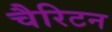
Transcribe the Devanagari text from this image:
चैरिटन